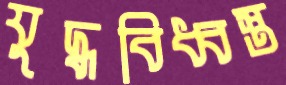
যুদ্ধবিধ্বস্ত